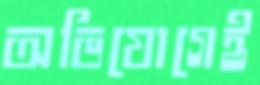
অভিযোগেই